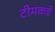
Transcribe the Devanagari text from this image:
टीमकडे